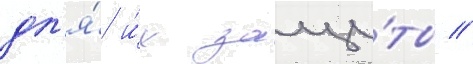
дл'я́ и́х защи́ты //